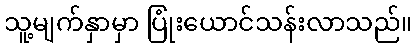
သူ့မျက်နှာမှာ ပြုံးယောင်သန်းလာသည်။